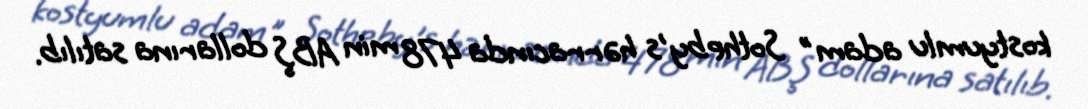
kostyumlu adam" Sotheby's hərracında 478 min ABŞ dollarına satılıb.